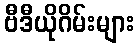
ဗီဒီယိုဂိမ်းများ